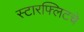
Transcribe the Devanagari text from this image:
स्टारफ्लिटचे